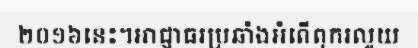
២០១៦នេះ។អាជ្ញាធរប្រឆាំងអំពើពុករលួយ